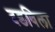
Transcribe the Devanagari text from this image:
दडविला